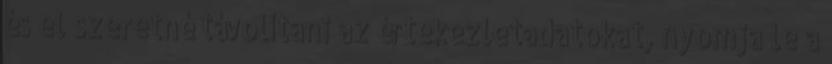
és el szeretné távolítani az értekezletadatokat, nyomja le a